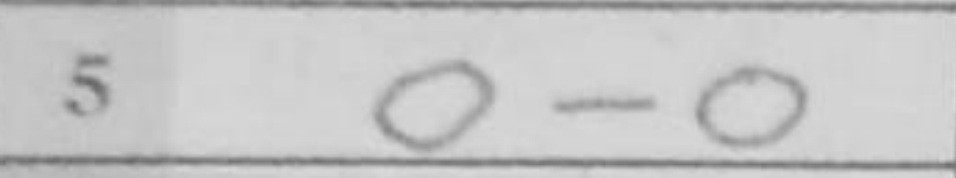
Transcription: O-O